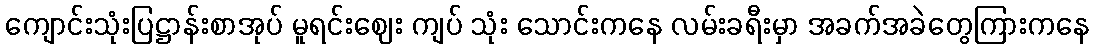
ကျောင်းသုံးပြဋ္ဌာန်းစာအုပ် မူရင်းဈေး ကျပ် သုံး သောင်းကနေ လမ်းခရီးမှာ အခက်အခဲတွေကြားကနေ